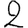
Digit: 2